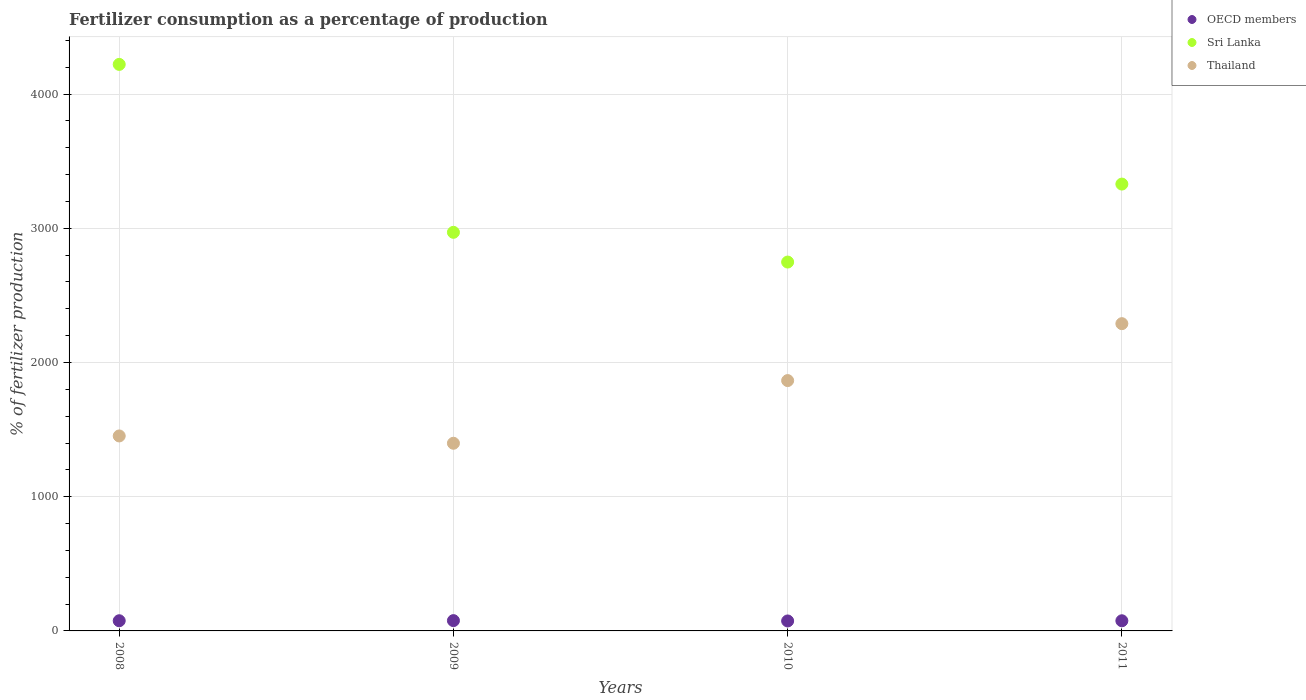
| Years | OECD members | Sri Lanka | Thailand |
 | --- | --- | --- | --- |
 | 2008 | 75.8 | 4.22e+03 | 1.45e+03 |
 | 2009 | 76.7 | 2.97e+03 | 1.4e+03 |
 | 2010 | 74.3 | 2.75e+03 | 1.87e+03 |
 | 2011 | 75.6 | 3.33e+03 | 2.29e+03 |